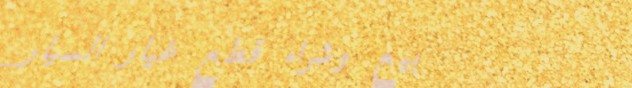
بيع وشراء قطع غيار السيار